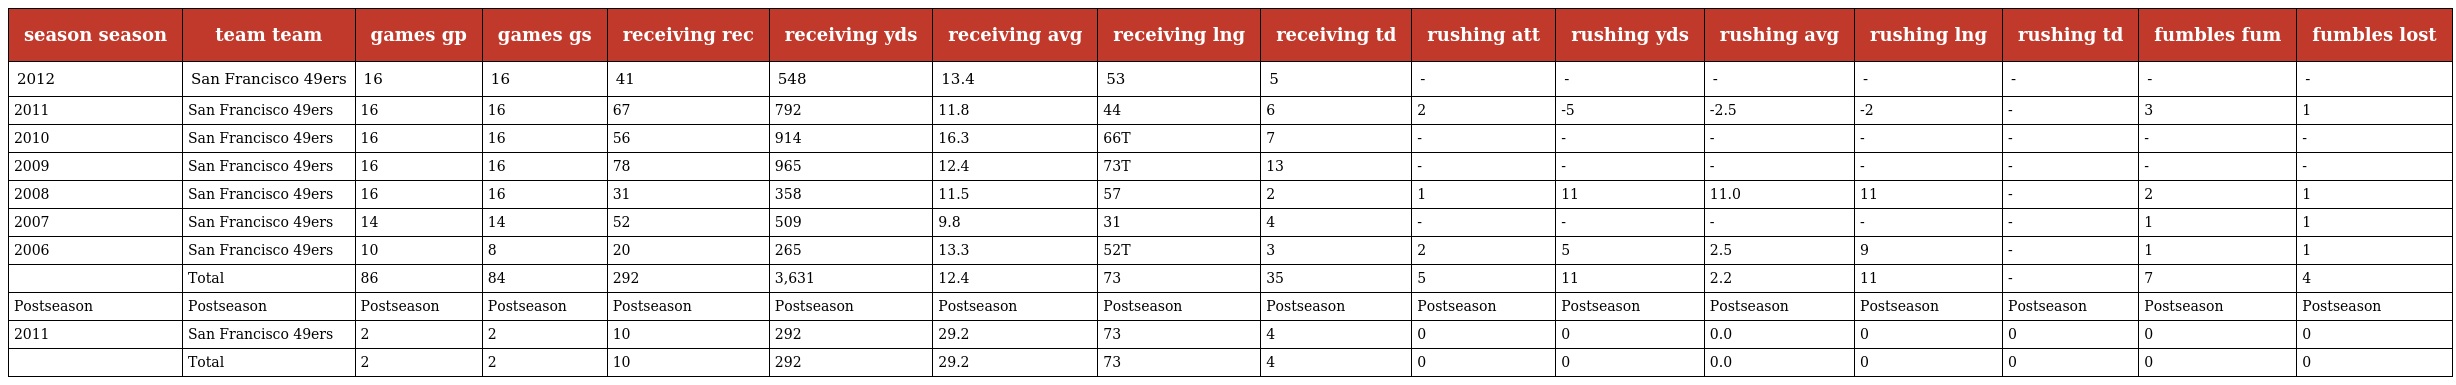
| season season | team team | games gp | games gs | receiving rec | receiving yds | receiving avg | receiving lng | receiving td | rushing att | rushing yds | rushing avg | rushing lng | rushing td | fumbles fum | fumbles lost |
 | --- | --- | --- | --- | --- | --- | --- | --- | --- | --- | --- | --- | --- | --- | --- | --- |
 | 2012 | San Francisco 49ers | 16 | 16 | 41 | 548 | 13.4 | 53 | 5 | - | - | - | - | - | - | - |
 | 2011 | San Francisco 49ers | 16 | 16 | 67 | 792 | 11.8 | 44 | 6 | 2 | -5 | -2.5 | -2 | - | 3 | 1 |
 | 2010 | San Francisco 49ers | 16 | 16 | 56 | 914 | 16.3 | 66T | 7 | - | - | - | - | - | - | - |
 | 2009 | San Francisco 49ers | 16 | 16 | 78 | 965 | 12.4 | 73T | 13 | - | - | - | - | - | - | - |
 | 2008 | San Francisco 49ers | 16 | 16 | 31 | 358 | 11.5 | 57 | 2 | 1 | 11 | 11.0 | 11 | - | 2 | 1 |
 | 2007 | San Francisco 49ers | 14 | 14 | 52 | 509 | 9.8 | 31 | 4 | - | - | - | - | - | 1 | 1 |
 | 2006 | San Francisco 49ers | 10 | 8 | 20 | 265 | 13.3 | 52T | 3 | 2 | 5 | 2.5 | 9 | - | 1 | 1 |
 |  | Total | 86 | 84 | 292 | 3,631 | 12.4 | 73 | 35 | 5 | 11 | 2.2 | 11 | - | 7 | 4 |
 | Postseason | Postseason | Postseason | Postseason | Postseason | Postseason | Postseason | Postseason | Postseason | Postseason | Postseason | Postseason | Postseason | Postseason | Postseason | Postseason |
 | 2011 | San Francisco 49ers | 2 | 2 | 10 | 292 | 29.2 | 73 | 4 | 0 | 0 | 0.0 | 0 | 0 | 0 | 0 |
 |  | Total | 2 | 2 | 10 | 292 | 29.2 | 73 | 4 | 0 | 0 | 0.0 | 0 | 0 | 0 | 0 |